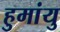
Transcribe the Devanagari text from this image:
हुमांयु